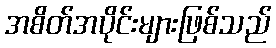
အစိတ်အပိုင်းများဖြစ်သည်